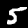
Label: 5